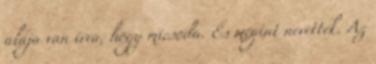
alája van írva, hogy micsoda. És megint nevettek. Az